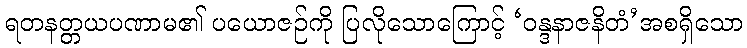
ရတနတ္တယပဏာမ၏ ပယောဇဉ်ကို ပြလိုသောကြောင့် ‘ဝန္ဒနာဇနိတံ’အစရှိသော